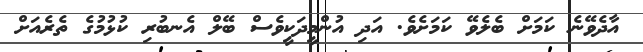
އާދެވޭނެ ކަމަށް ބެލެވޭ ކަމަށެވެ. އަދި އުންމީދަކީވެސް ބޭލް އެނބުރި ކުޅުމުގެ ތެރެއަށް